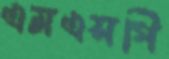
এমএসপি